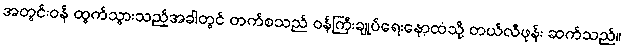
အတွင်းဝန် ထွက်သွားသည့်အခါတွင် တက်စသည် ဝန်ကြီးချုပ်ရေးနော့ထံသို့ တယ်လီဖုန်း ဆက်သည်။